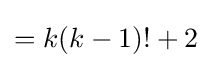
=k(k-1)!+2